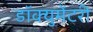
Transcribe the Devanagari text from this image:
डॉक्‍युमेंटरी